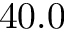
4 0 . 0